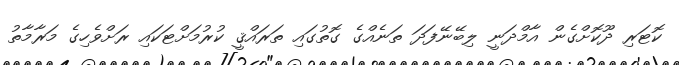
ކޮޓަރި ދޫކޮށްގެން އާމްދަނީ ލިބޭނޭފަދަ ތަނެއްގެ ގޮތުގައި ތަރައްޤީ ކުރުމަށްޓަކައި ރަށްވެހިގެ މަރާމާތު